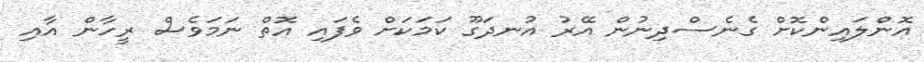
އޮންލައިންކޮށް ގެނެސްދިނުން އޭރު އުނދަގޫ ކަމަކަށް ވެފައި އޮތް ނަމަވެސް ރީހާން އާއި